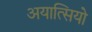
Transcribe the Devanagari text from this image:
अयात्सियो